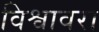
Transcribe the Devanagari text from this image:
विश्वावरा